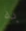
به